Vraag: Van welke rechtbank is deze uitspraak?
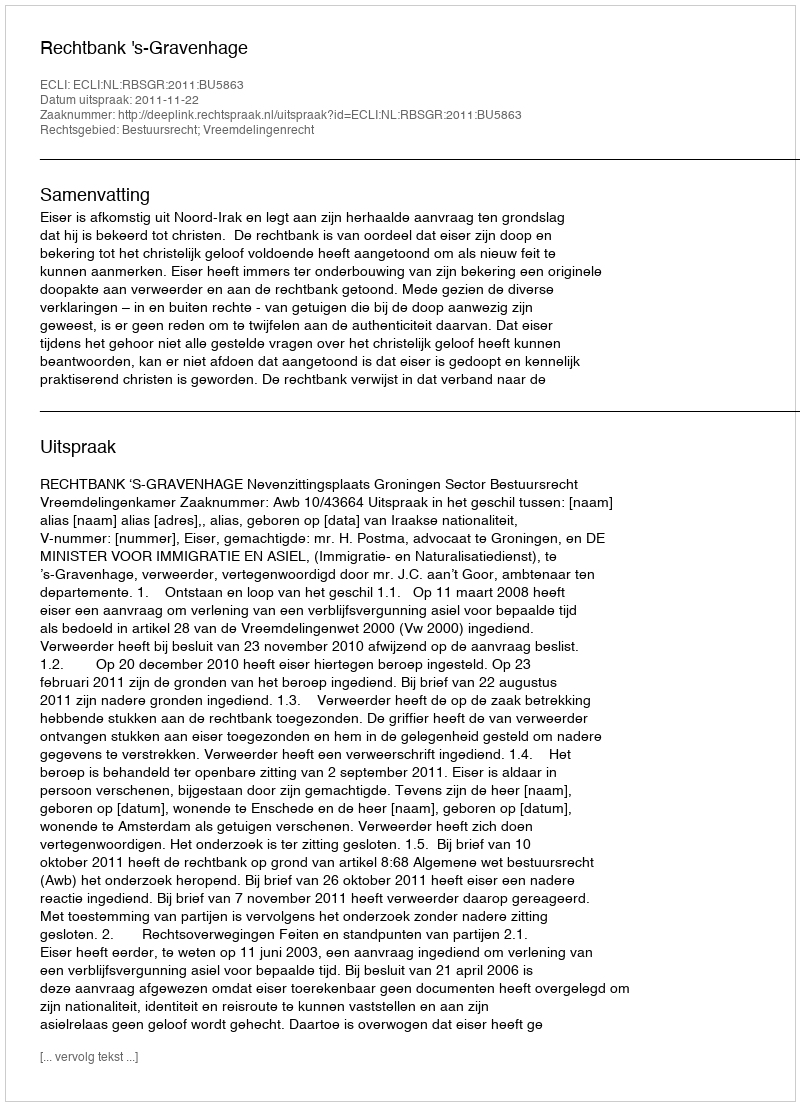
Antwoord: Rechtbank 's-Gravenhage